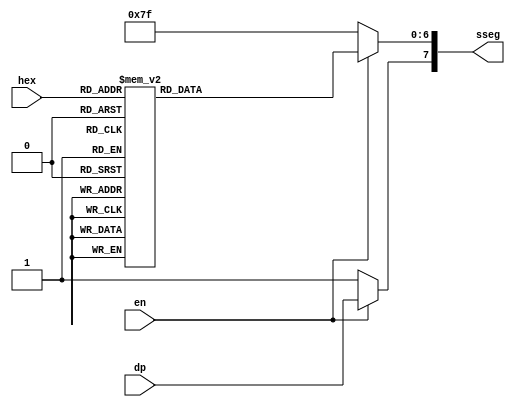
module led_7seg
    (
        input en,
        input [3:0] hex,
        input dp,
        output reg [7:0] sseg
    );

    always @ (*) begin
        if (en == 1'b1) begin
            case (hex)
                 4'h0: sseg[6:0] = ~7'b0111111;
                 4'h1: sseg[6:0] = ~7'b0000110;
                 4'h2: sseg[6:0] = ~7'b1011011;
                 4'h3: sseg[6:0] = ~7'b1001111;
                 4'h4: sseg[6:0] = ~7'b1100110;
                 4'h5: sseg[6:0] = ~7'b1101101;
                 4'h6: sseg[6:0] = ~7'b1111101;
                 4'h7: sseg[6:0] = ~7'b0000111;
                 4'h8: sseg[6:0] = ~7'b1111111;
                 4'h9: sseg[6:0] = ~7'b1100111;
                 4'hA: sseg[6:0] = ~7'b1110111;
                 4'hB: sseg[6:0] = ~7'b1111100;
                 4'hC: sseg[6:0] = ~7'b0111001;
                 4'hD: sseg[6:0] = ~7'b1011110;
                 4'hE: sseg[6:0] = ~7'b1111001;
                 4'hF: sseg[6:0] = ~7'b1110001;
            endcase

            sseg[7] = dp;
        end
        else begin
            sseg = 8'hff;
        end
    end
endmodule